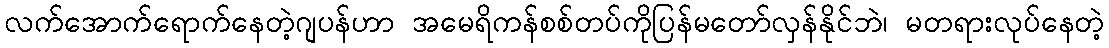
လက်အောက်ရောက်နေတဲ့ဂျပန်ဟာ အမေရိကန်စစ်တပ်ကိုပြန်မတော်လှန်နိုင်ဘဲ၊ မတရားလုပ်နေတဲ့